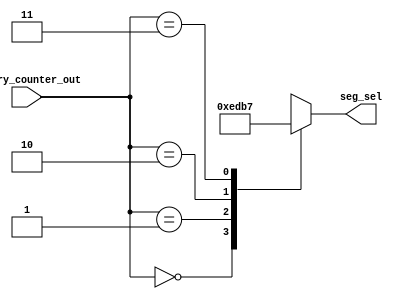
module Two2FourDecoder(seg_sel, binary_counter_out);

//2to4 decoder
input [1:0]binary_counter_out;
output reg [3:0]seg_sel;

always@(binary_counter_out)
begin
    case(binary_counter_out)
        2'd0:   seg_sel = 4'b1110;
        2'd1: seg_sel = 4'b1101;
        2'd2:   seg_sel = 4'b1011;
        2'd3: seg_sel = 4'b0111;
        //default: seg_sel <= 4'd1;
    endcase
end

endmodule